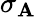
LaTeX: \sigma_{\mathbf{A}}